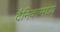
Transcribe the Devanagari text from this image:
दैनिकामध्ये